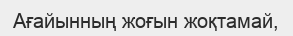
Ағайынның жоғын жоқтамай,